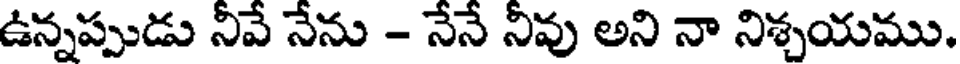
ఉన్నప్పుడు నీవే నేను - నేనే నీవు అని నా నిశ్చయము.